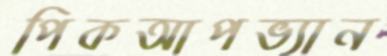
পিকআপভ্যান